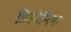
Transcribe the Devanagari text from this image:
डिस्पेनिया